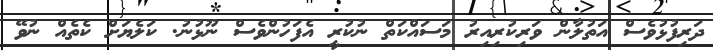
ދަރިފުޅުވެސް އަތުލާން ވަރިކުރިއިރު މަސައްކަތް ނުކުރީ އެފަހުންވެސް ނޫޅުނު. ކަލެޔަށް ކެތެއް ނުވޭ